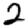
Digit: 2